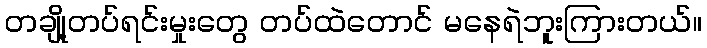
တချို့တပ်ရင်းမှုးတွေ တပ်ထဲတောင် မနေရဲဘူးကြားတယ်။